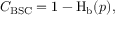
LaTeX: \ C _ { \mathrm { B S C } } = 1 - \operatorname { H } _ { \mathrm { b } } ( p ) ,